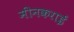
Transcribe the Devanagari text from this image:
मीनकराई